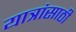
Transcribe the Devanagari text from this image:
यात्रांसाठी